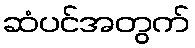
ဆံပင်အတွက်